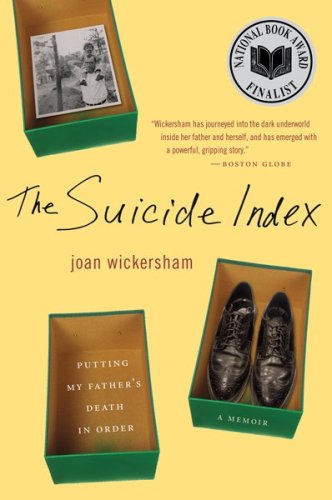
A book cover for The Suicide Index: Putting My Father's Death in Order; Joan Wickersham; Parenting & Relationships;